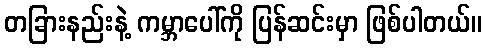
တခြားနည်းနဲ့ ကမ္ဘာပေါ်ကို ပြန်ဆင်းမှာ ဖြစ်ပါတယ်။